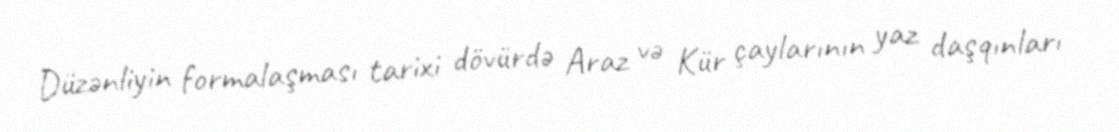
Düzənliyin formalaşması tarixi dövürdə Araz və Kür çaylarının yaz daşqınları